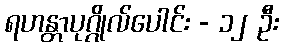
ရဟန္တာပုဂ္ဂိုလ်ပေါင်း - ၁၂ ဦး